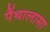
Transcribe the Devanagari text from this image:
पैंथालासा